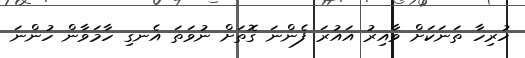
ހުރިހާ ތަނަކަށް ވާއިރު އައުރަ ފެންނަ ގޮތަށް ނުވަތަ އެނގި ހާމަވާން ހުންނަ